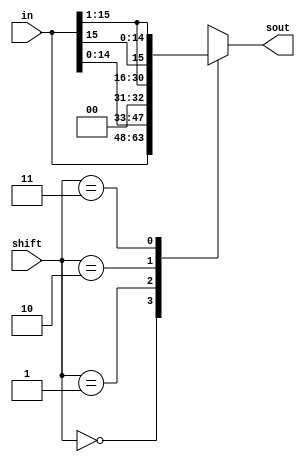
module shifter(shift, in, sout);
  
  input [1:0] shift;
  input [15:0] in;
  output [15:0] sout;
  reg [15:0] sout;
  
  //Shift the input either left or right by one, or keep it equal
  always@(*)begin
    casex(shift)
      2'b00: sout = in;
      2'b01: sout = in<<1;
      2'b10: sout = in>>1;
      2'b11: sout = {in[15], in[15:1]};
           
      default sout = 16'bxxxxxxxxxxxxxxxx;
    endcase
  end
endmodule